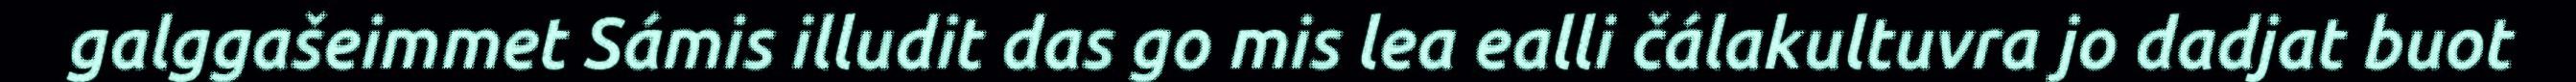
galggašeimmet Sámis illudit das go mis lea ealli čálakultuvra jo dadjat buot